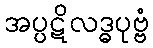
အပ္ပဋိလဒ္ဓပုဗ္ဗံ